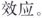
效应。